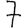
Digit: 7